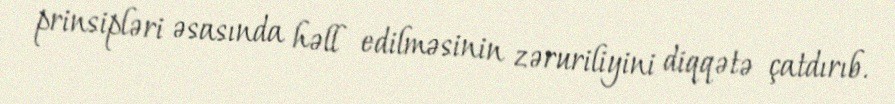
prinsipləri əsasında həll edilməsinin zəruriliyini diqqətə çatdırıb.